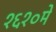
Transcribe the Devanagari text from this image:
१६१०में